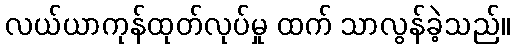
လယ်ယာကုန်ထုတ်လုပ်မှု ထက် သာလွန်ခဲ့သည်။